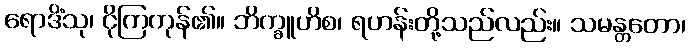
ရောဒိံသု၊ ငိုကြကုန်၏။ ဘိက္ခူဟိစ၊ ရဟန်းတို့သည်လည်း။ သမန္တတော၊